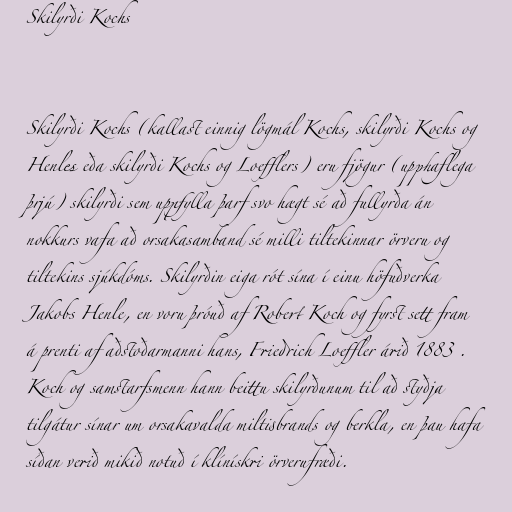
Skilyrði Kochs

Skilyrði Kochs (kallast einnig lögmál Kochs, skilyrði Kochs og
Henles eða skilyrði Kochs og Loefflers) eru fjögur (upphaflega
þrjú) skilyrði sem uppfylla þarf svo hægt sé að fullyrða án
nokkurs vafa að orsakasamband sé milli tiltekinnar örveru og
tiltekins sjúkdóms. Skilyrðin eiga rót sína í einu höfuðverka
Jakobs Henle, en voru þróuð af Robert Koch og fyrst sett fram
á prenti af aðstoðarmanni hans, Friedrich Loeffler árið 1883 .
Koch og samstarfsmenn hann beittu skilyrðunum til að styðja
tilgátur sínar um orsakavalda miltisbrands og berkla, en þau hafa
síðan verið mikið notuð í klínískri örverufræði.